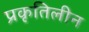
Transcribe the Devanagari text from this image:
प्रकृतिलीन